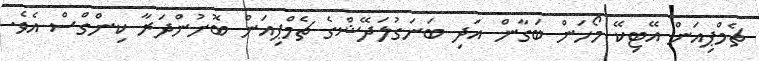
ޗެމްޕިއަން އޭޓިކޭ މޯހަން ބަގާން އަދި ބަނަގުލަދޭޝްގެ ޗެމްޕިއަން ބޮށުންދަރާ ކިންގްސް އެވެ.